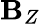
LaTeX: \mathbf{B}_{Z}